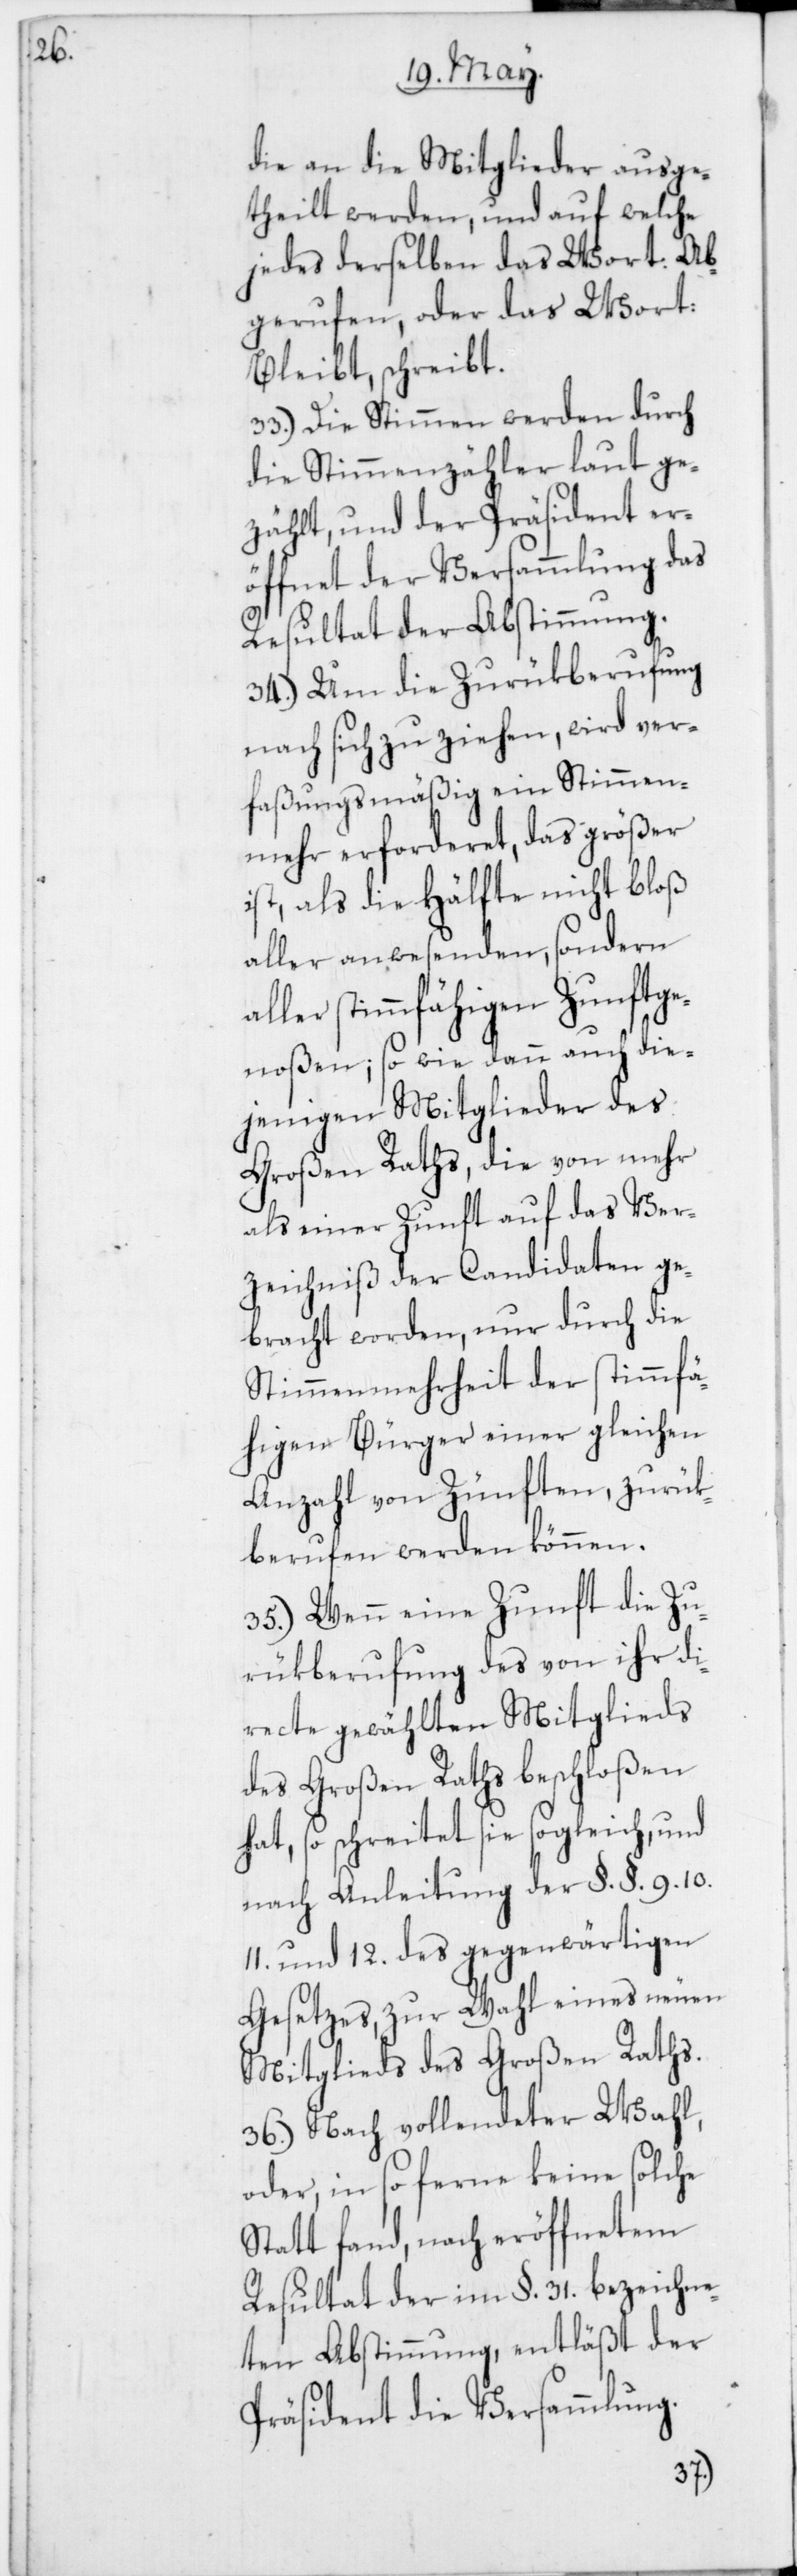
die an die Mitglieder ausge¬
theilt werden, und auf welche
jedes derselben das Wort: Ab¬
gerufen, oder das Wort:
Bleibt, schreibt.
33. Die Stimmen werden durch
die Stimmenzähler laut ge¬
zählt, und der Präsident er¬
öffnet der Versammlung das
Resultat der Abstimmung.
34. Um die Zurükberufung
nach sich zu ziehen, wird ver¬
faßungsmäßig ein Stimmen¬
mehr erforderet, das größer
ist als die Hälfte nicht bloß
aller anwesenden, sondern
aller stimmfähigen Zunftge¬
noßen; so wie dann auch die¬
jenigen Mitglieder des
Großen Raths, die von mehr
als einer Zunft auf das Ver¬
zeichniß der Candidaten ge¬
bracht worden, nur durch die
Stimmenmehrheit der stimmfä¬
higen Bürger einer gleichen
Anzahl von Zünften, zurük¬
berufen werden können.
35. Wenn eine Zunft die Zu¬
rükberufung des von ihr di¬
recte gewählten Mitglieds
des Großen Raths beschloßen
hat, so schreitet sie sogleich und
nach Anleitung der §. §. 9, 10,
11 und 12 des gegenwärtigen
Gesetzes, zur Wahl eines neuen
Mitglieds des Großen Raths.
36. Nach vollendeter Wahl,
oder in so ferne keine solche
Statt fand, nach eröffnetem
Resultat der im §. 31 bezeichne¬
ten Abstimmung, entläßt der
Präsident die Versammlung.